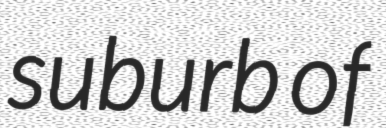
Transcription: suburb of